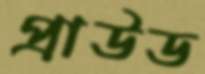
প্রাউড